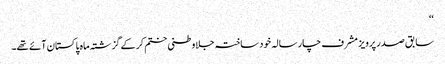
‘‘
سابق صدر پرویز مشرف چار سالہ خود ساختہ جلاوطنی ختم کر کے گزشتہ ماہ پاکستان آئے تھے۔